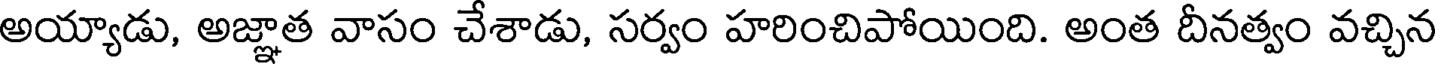
అయ్యాడు, అజ్ఞాత వాసం చేశాడు, సర్వం హరించిపోయింది. అంత దీనత్వం వచ్చిన